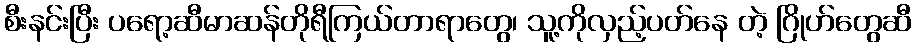
စီးနင်းပြီး ပရော့ဆီမာဆန်တိုရီကြယ်တာရာတွေ၊ သူ့ကိုလှည့်ပတ်နေ တဲ့ ဂြိုဟ်တွေဆီ